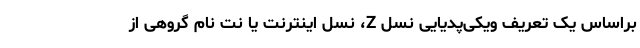
براساس یک تعریف ویکی‌پدیایی نسل Z، نسل اینترنت یا نت نام گروهی از